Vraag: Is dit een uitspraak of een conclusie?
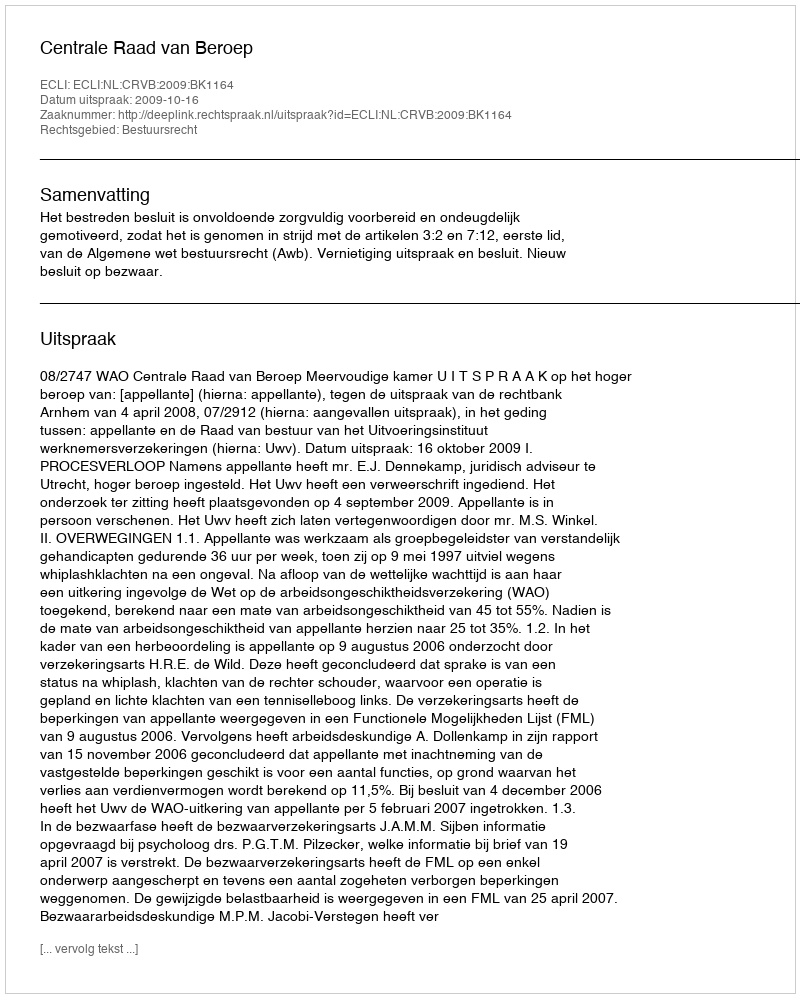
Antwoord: Uitspraak